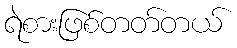
ရဲစားဖြစ်တတ်တယ်